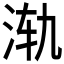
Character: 𱦈